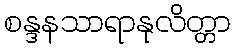
စန္ဒနသာရာနုလိတ္တာ